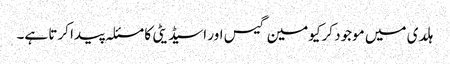
ہلدی میں موجود کرکیومین گیس اور اسیڈیٹی کا مسئلہ پیدا کرتا ہے۔